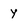
Character: y